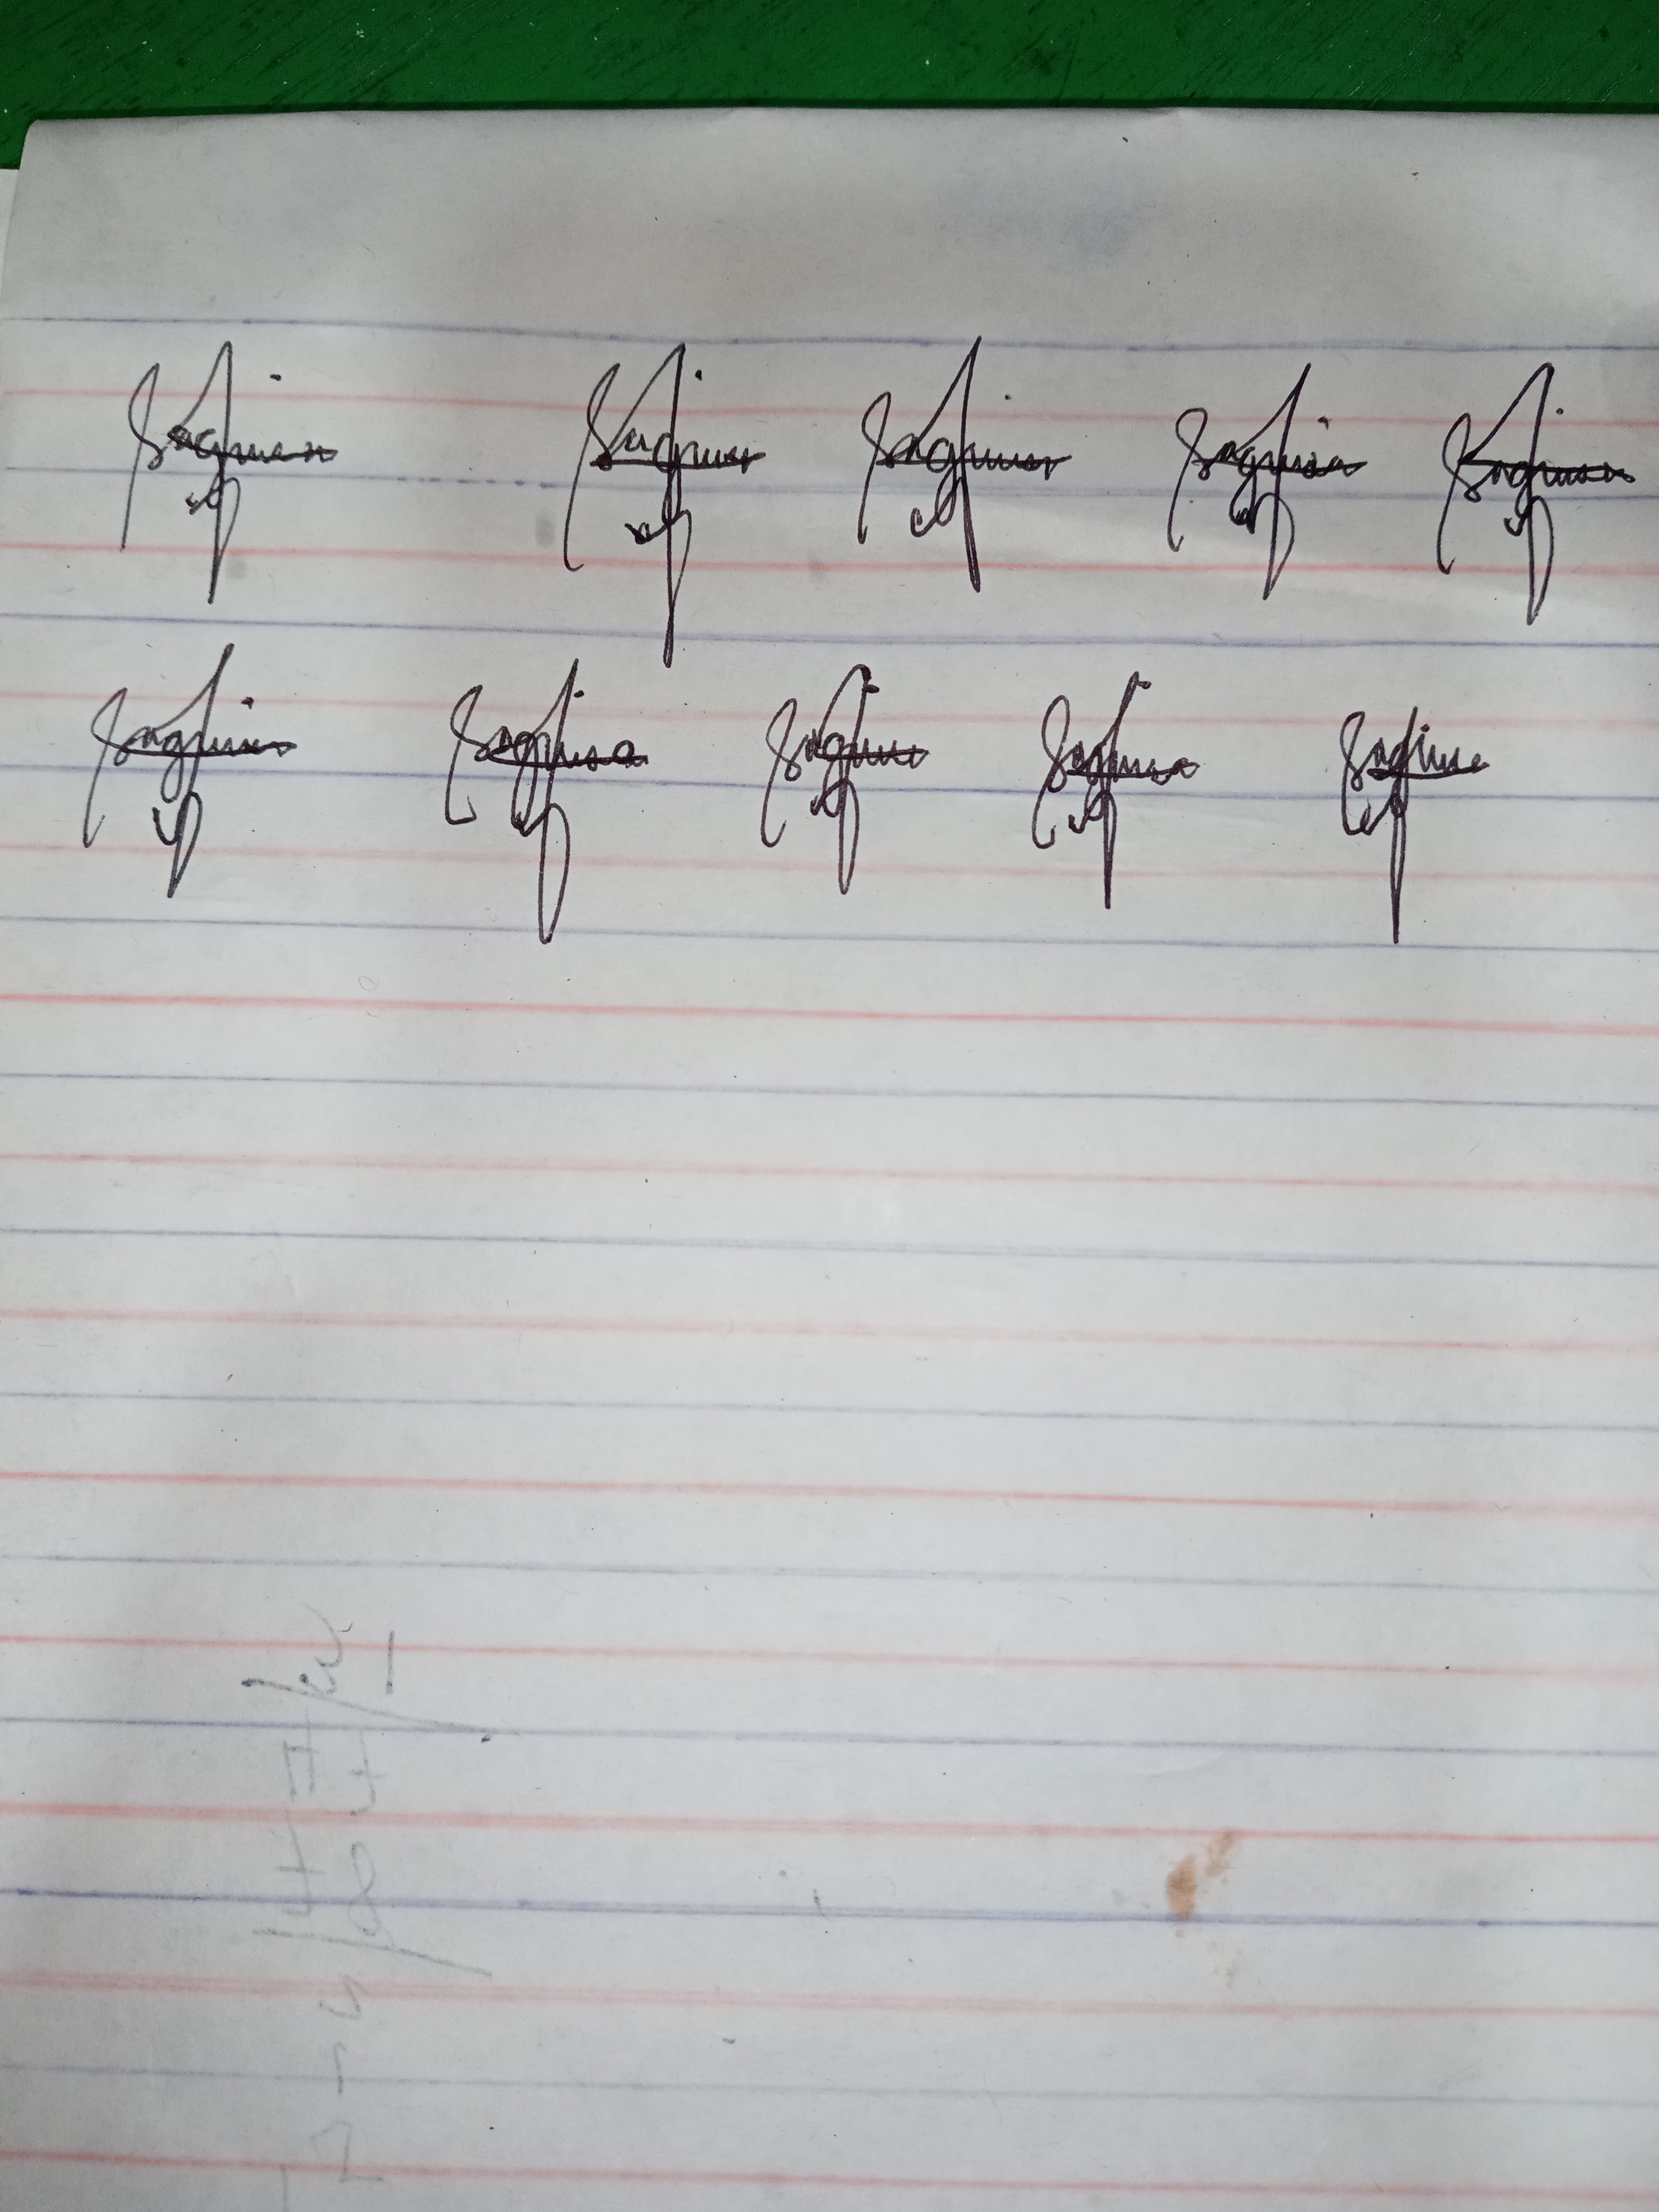
Signature authenticity: genuine